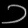
Digit: ၁